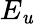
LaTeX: E_{\mathit{u}}